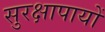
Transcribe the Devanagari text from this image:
सुरक्षापायों